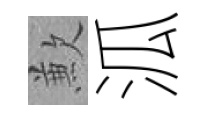
歉泒